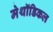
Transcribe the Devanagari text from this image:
मेथॉडिकल